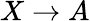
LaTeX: X\rightarrow A